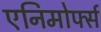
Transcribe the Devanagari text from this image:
एनिमोर्फ्स